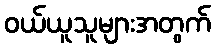
ဝယ်ယူသူများအတွက်